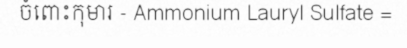
ចំពោះកុមារ - Ammonium Lauryl Sulfate =